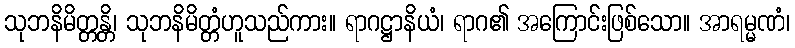
သုဘနိမိတ္တန္တိ၊ သုဘနိမိတ္တံဟူသည်ကား။ ရာဂဋ္ဌာနိယံ၊ ရာဂ၏ အကြောင်းဖြစ်သော။ အာရမ္မဏံ၊